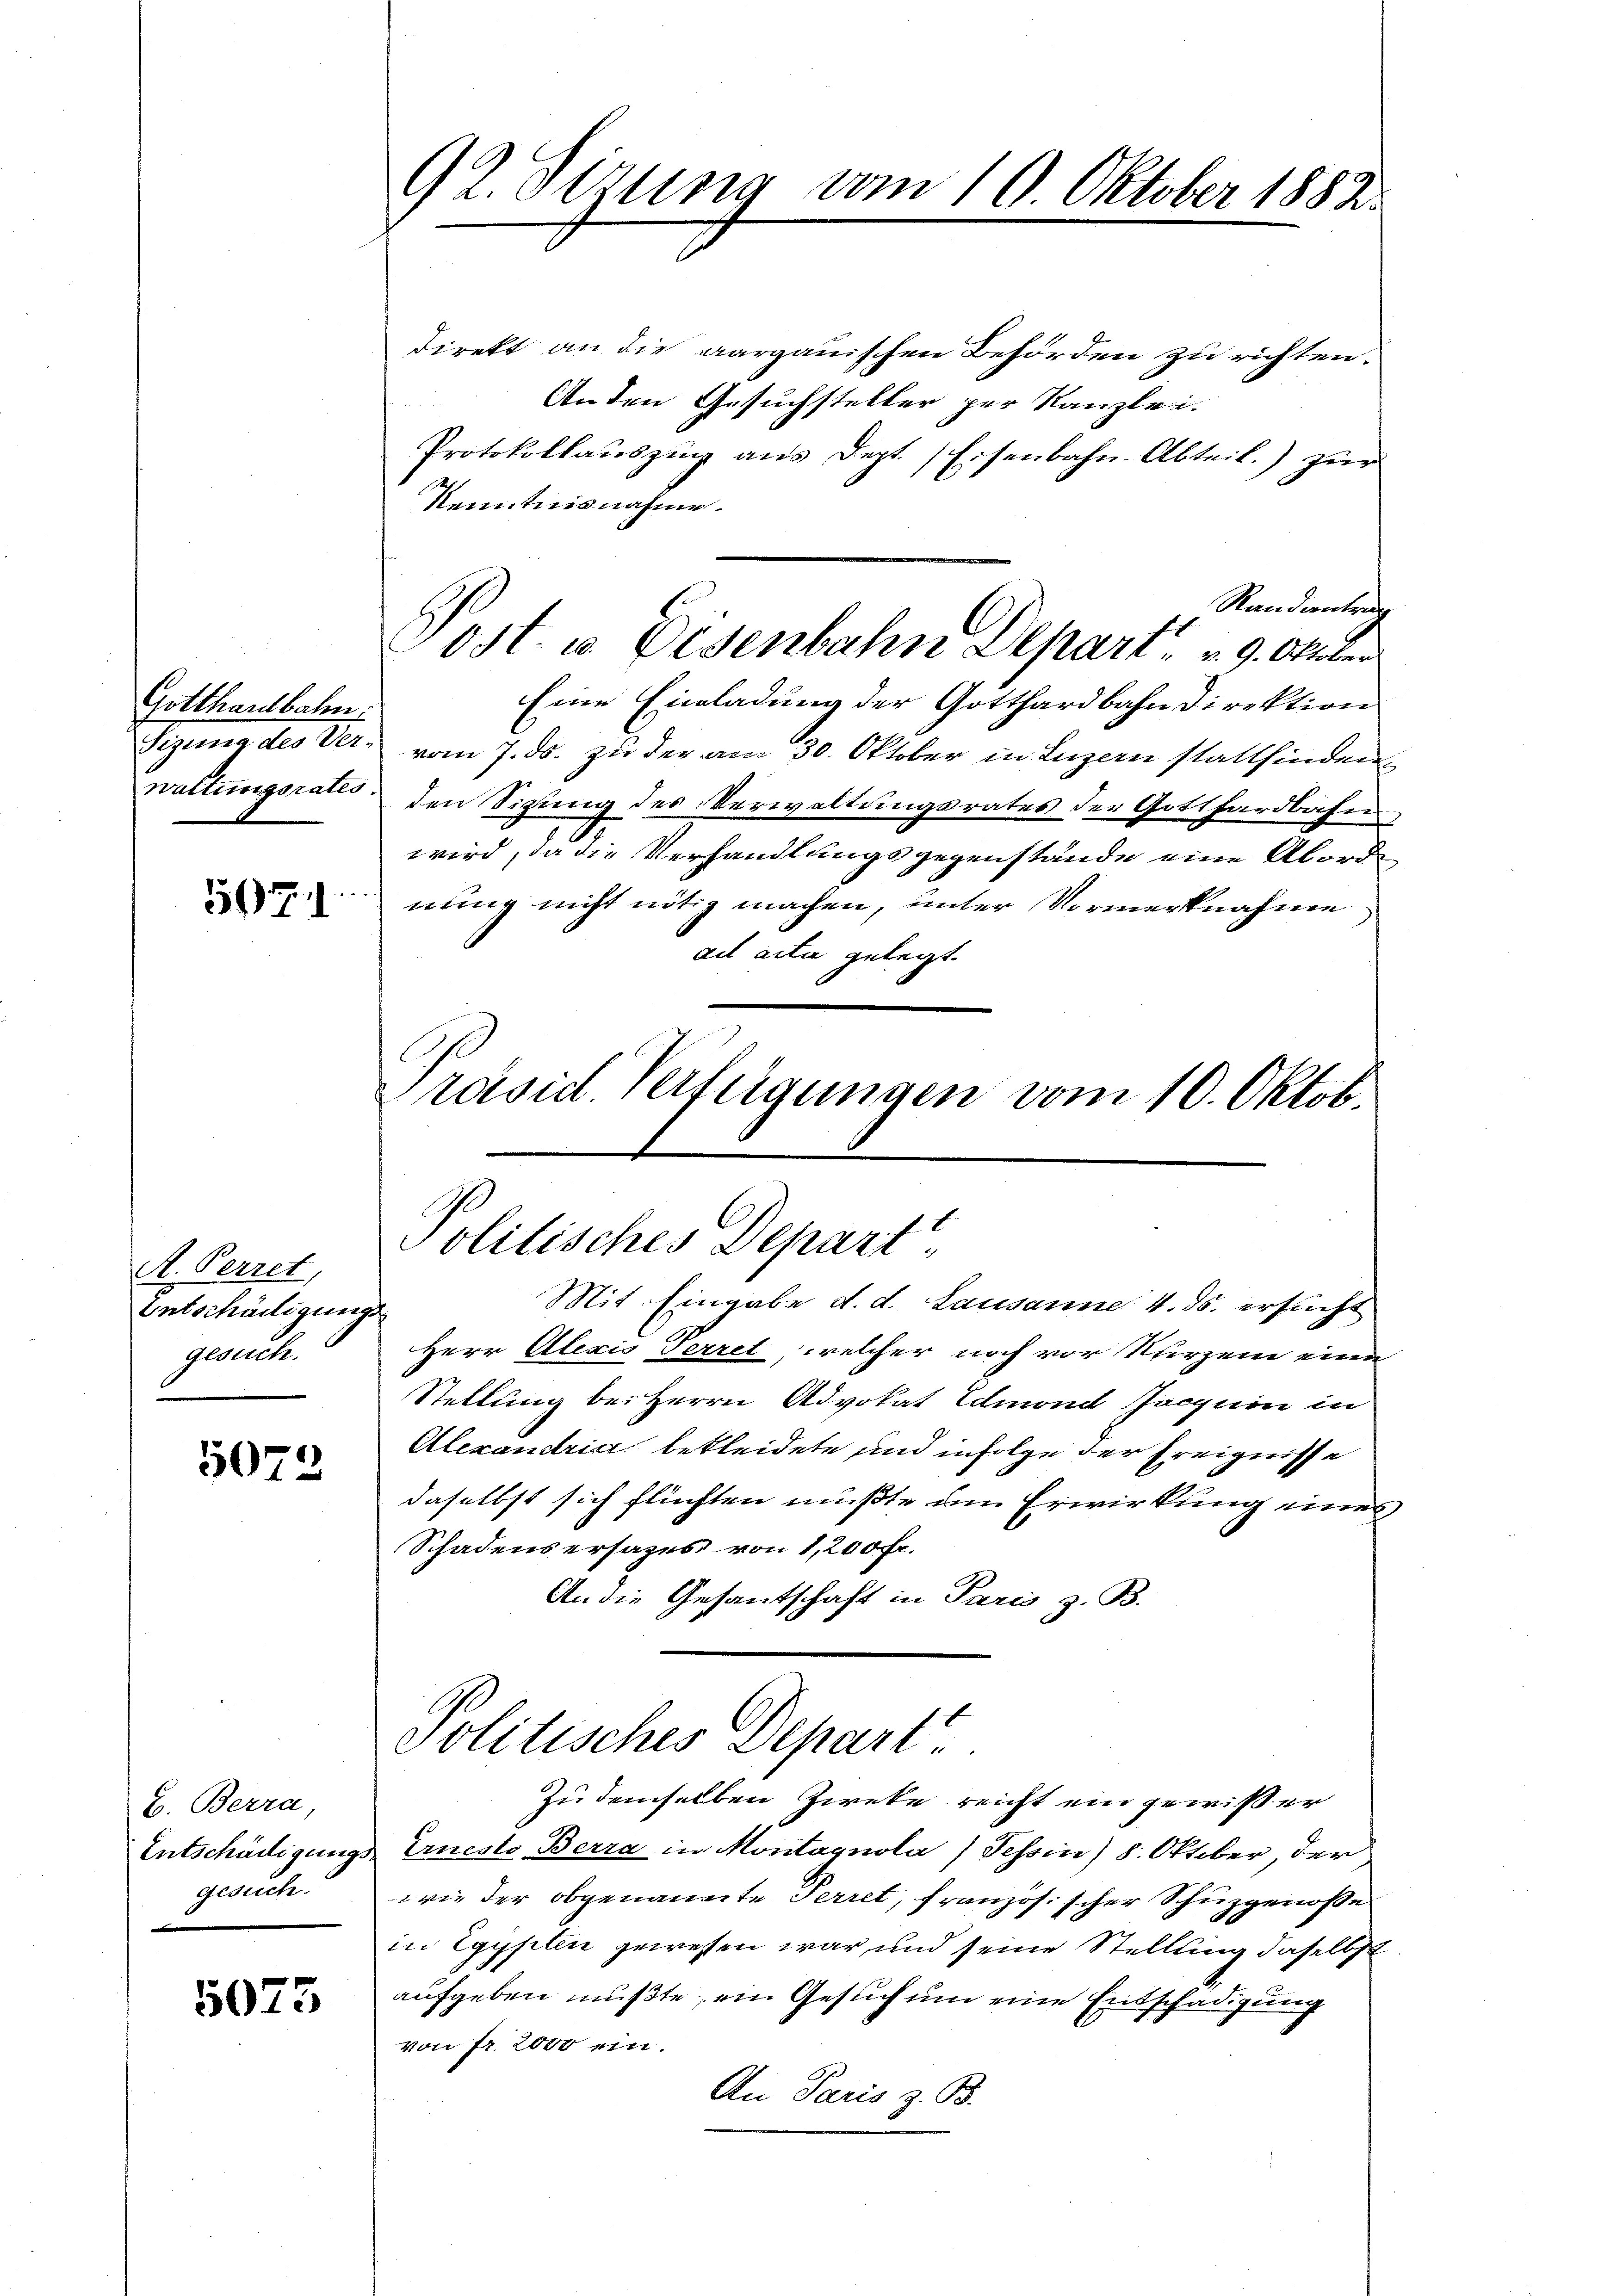
Gotthardbahn.
waltungsrates.

507

A. Perret,
Entschädigung.
gericht

5072

E. Berra,
Entschädigung
gesuch.

5073

92. Sizung vom 19. Oktober 1888

Direkt an die aargauischen Behörden zu richten.
An den Gesuchsteller per Kanzlei.
Protokollaŭszŭg ans Dept. Eisenbahn-Abteil) zur
Kenntnisnahme.
Standentrag
Eine Einladung der Gotthardbahndirektion
Sizung des Ver. vom 7. ds. zu der am 30. Oktober in Luzern stattfinden
den Sitzung des Verwaltungsrates der Gotthardbahn
wird, da die Verhandlungsgegenstände eine Aborde
nung nicht nötig machen, unter Vormerknahme
ad acta gelegt.
Präsid. Verfügungen vom 10. Oktob.

ost. v. Disenbahn Depart 29. Oktober

Politisches Depart

Mit Eingabe d. d. Lausanne 4. ds. ersucht
¬
Herr Alexis Perret, welcher noch vor Kurzem eine
Stellung bei Herrn Advokat Edmond Jacquin in
Alexandria bekleidete und infolge der Ereignisse
daselbst sich flüchten mußte dem Erwirkung eines
Schadensersazes von 1,200 Fr.
An die Gesantschaft in Paris z. B.
Politisches Depart
Zu demselben Zweke reicht ein gewißer
Ernesto Berra in Montagnola (Tehoin) 8. Oktober, der
wie der obgenannte Perret, französischer Schuzgenosse
in Egypten gewesen war und seine Stellung daselbst
aufgeben mußte, ein Gesuch um eine Entschädigung
von fr. 2000 ein.
An Paris z. B.